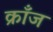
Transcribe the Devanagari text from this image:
क्राँज